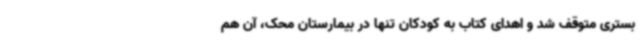
بستری متوقف شد و اهدای کتاب به کودکان تنها در بیمارستان محک، آن هم